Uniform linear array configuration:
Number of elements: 24
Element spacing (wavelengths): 0.5
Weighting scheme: kaiser
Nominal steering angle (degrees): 15
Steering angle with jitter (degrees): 14.484
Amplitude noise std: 0.05
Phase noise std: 0.05

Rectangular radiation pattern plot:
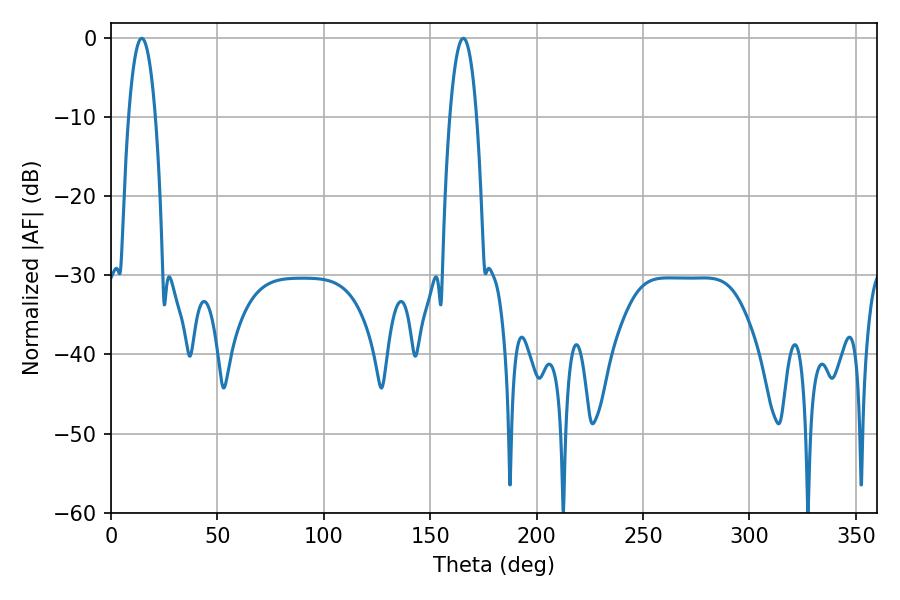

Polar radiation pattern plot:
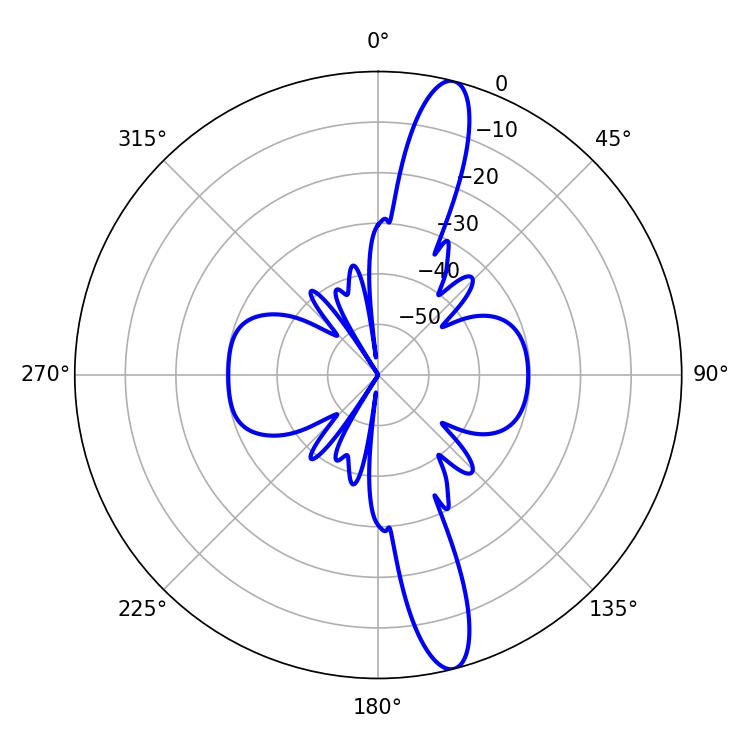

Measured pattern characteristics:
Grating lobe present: FALSE
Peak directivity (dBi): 14.845
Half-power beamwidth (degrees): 7.02
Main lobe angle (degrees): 14.4